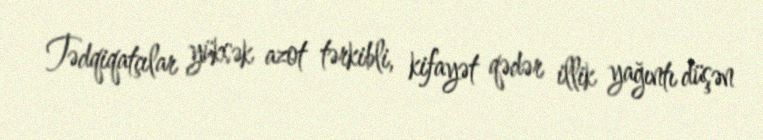
Tədqiqatçılar yüksək azot tərkibli, kifayət qədər illik yağıntı düşən